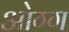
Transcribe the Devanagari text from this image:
ओग्ग